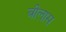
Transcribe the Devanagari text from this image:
बीलास